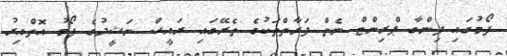
ފޯމުގައި ފިންގާ ޕްރިންޓް ނެތް ފަރާތްތަކުގެ ތެރޭގައި ރައީސް ނަޝީދުގެ ފޯމު އޮތްއިރު